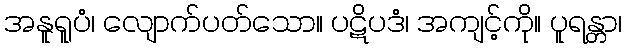
အနူရူပံ၊ လျောက်ပတ်သော။ ပဋိပဒံ၊ အကျင့်ကို။ ပူရန္တာ၊